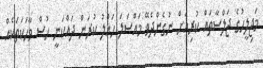
މަޖިލީޙުގެ ޖަލްސާތައް ކުރިއަށް ނުގެންދެވޭ މައްސަލަ ހައްލު ކުރަން ދައްކަނީ ހުސް ވާހަކަތަކެއް